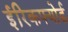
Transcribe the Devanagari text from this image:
ईरिकफ्योर्ड